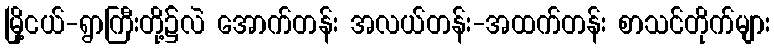
မြို့ငယ်-ရွာကြီးတို့၌လဲ အောက်တန်း အလယ်တန်း-အထက်တန်း စာသင်တိုက်များ